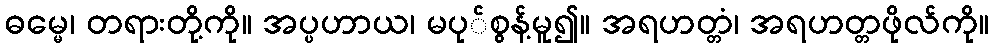
ဓမ္မေ၊ တရားတို့ကို။ အပ္ပဟာယ၊ မပု်စွန့်မူ၍။ အရဟတ္တံ၊ အရဟတ္တဖိုလ်ကို။